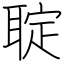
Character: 聢